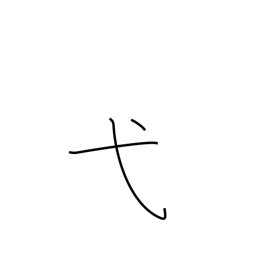
Meaning: ceremony radical (no. 56)